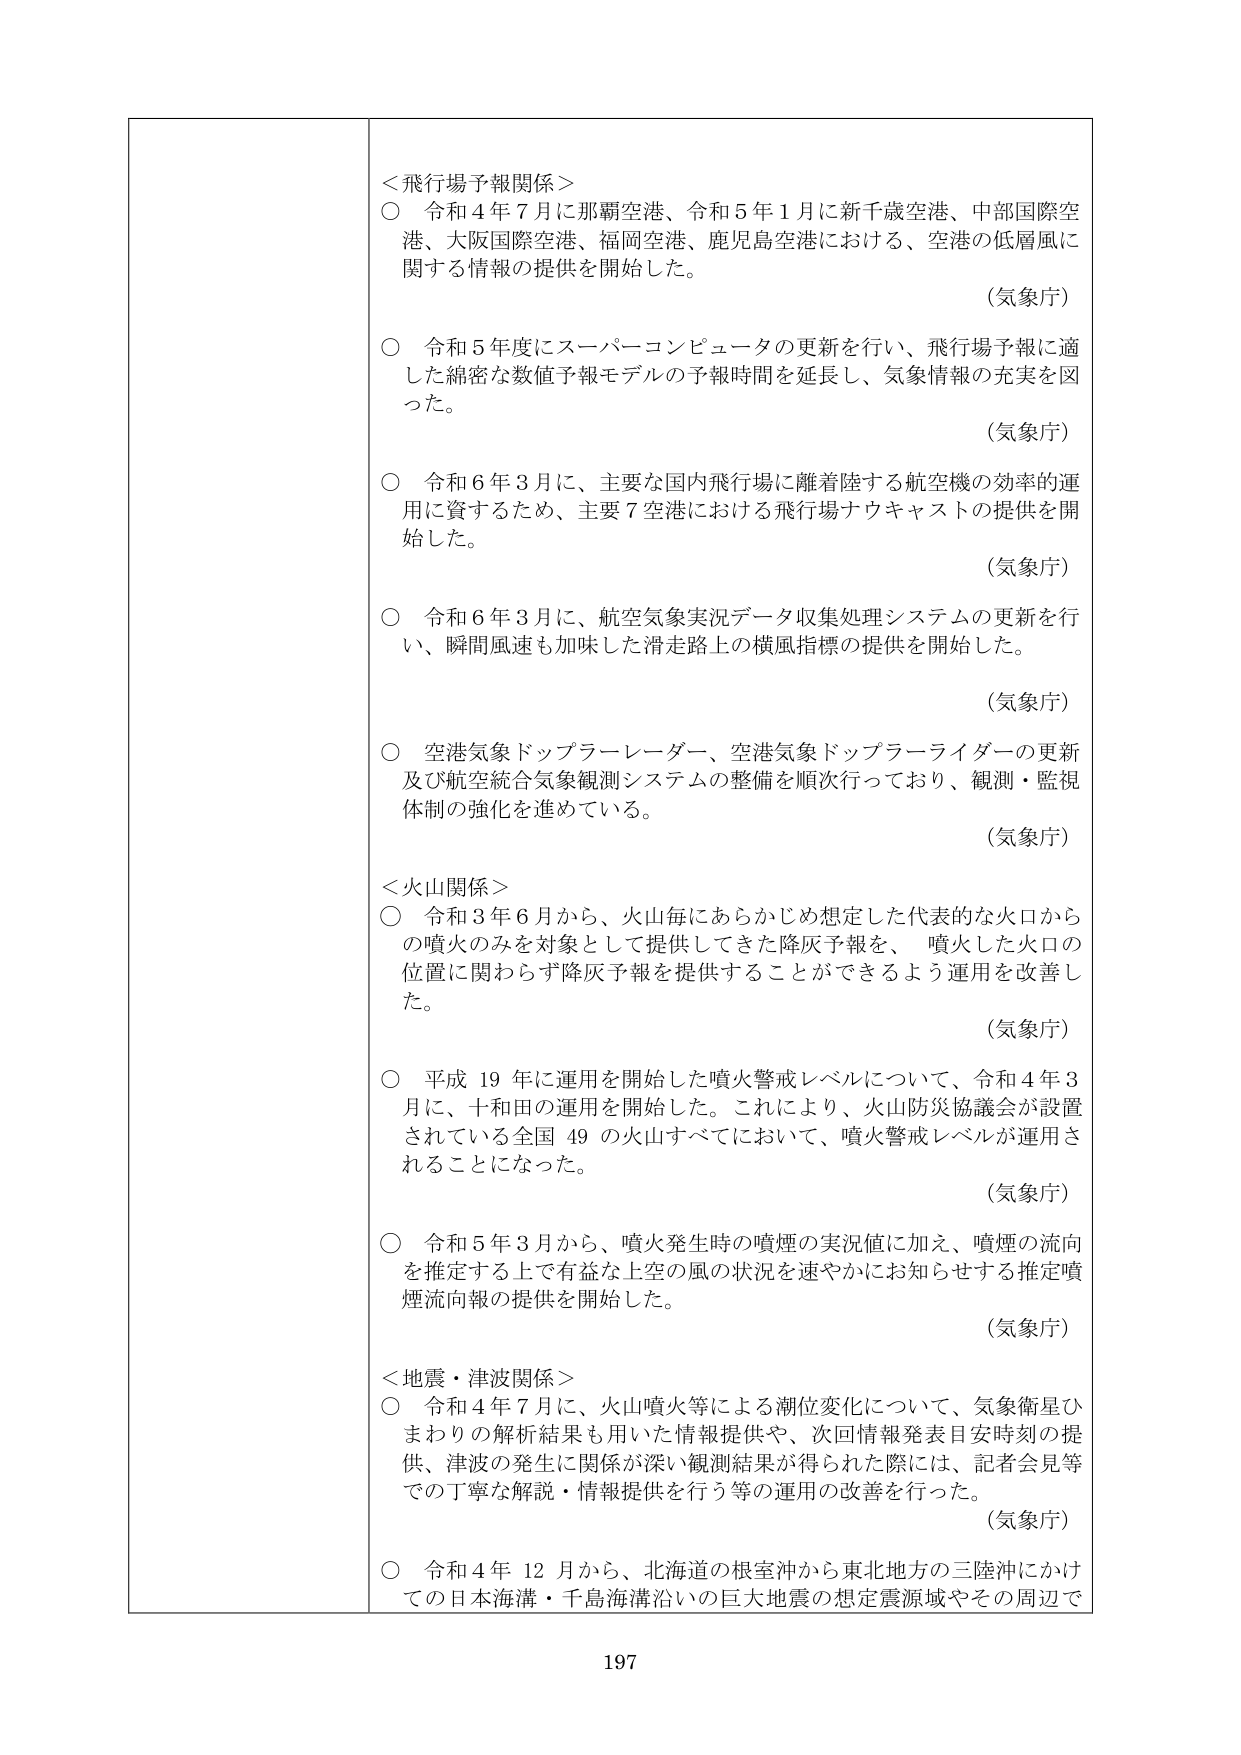
＜飛行場予報関係＞
○ 令和４年７月に那覇空港、令和５年１月に新千歳空港、中部国際空港、大阪国際空港、福岡空港、鹿児島空港における、空港の低層風に関する情報の提供を開始した。
（気象庁）

○ 令和５年度にスーパーコンピュータの更新を行い、飛行場予報に適した綿密な数値予報モデルの予報時間を延長し、気象情報の充実を図った。
（気象庁）

○ 令和６年３月に、主要な国内飛行場に離着陸する航空機の効率的運用に資するため、主要７空港における飛行場ナウキャストの提供を開始した。
（気象庁）

○ 令和６年３月に、航空気象実況データ収集処理システムの更新を行い、瞬間風速も加味した滑走路上の横風指標の提供を開始した。
（気象庁）

○ 空港気象ドップラーレーダー、空港気象ドップラーライダーの更新及び航空統合気象観測システムの整備を順次行っており、観測・監視体制の強化を進めている。
（気象庁）

＜火山関係＞
○ 令和３年６月から、火山毎にあらかじめ想定した代表的な火口からの噴火のみを対象として提供してきた降灰予報を、噴火した火口の位置に関わらず降灰予報を提供することができるよう運用を改善した。
（気象庁）

○ 平成19年に運用を開始した噴火警戒レベルについて、令和４年３月に、十和田の運用を開始した。これにより、火山防災協議会が設置されている全国49の火山すべてにおいて、噴火警戒レベルが運用されることになった。
（気象庁）

○ 令和５年３月から、噴火発生時の噴煙の実測値に加え、噴煙の流向を推定する上で有益な上空の風の状況を速やかにお知らせする推定噴煙流向報の提供を開始した。
（気象庁）

＜地震・津波関係＞
○ 令和４年７月に、火山噴火等による潮位変化について、気象衛星ひまわりの解析結果も用いた情報提供や、次回情報発表日安时刻の提供、津波の発生に関係が深い観測結果が得られた際には、記者会見等での丁寧な解説・情報提供を行う等の運用の改善を行った。
（気象庁）

○ 令和４年12月から、北海道の根室沖から東北地方の三陸沖にかけての日本海溝・千島海溝沿いの巨大地震の想定震源域やその周辺で

197